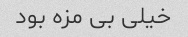
خیلی بی مزه بود